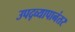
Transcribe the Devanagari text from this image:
उपद्व्यापानंतर